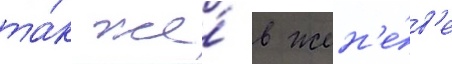
та́к же́ в жен'е́в'е